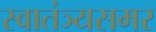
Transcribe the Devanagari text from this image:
स्वातंञ्यसमर